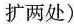
扩两处)